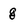
Character: g